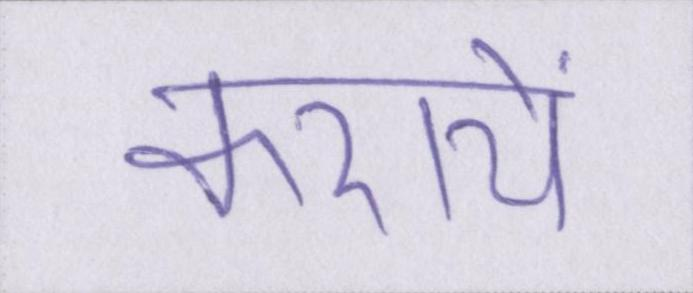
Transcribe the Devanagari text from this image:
करायें